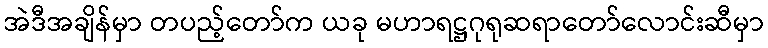
အဲဒီအချိန်မှာ တပည့်တော်က ယခု မဟာရဋ္ဌဂုရုဆရာတော်လောင်းဆီမှာ